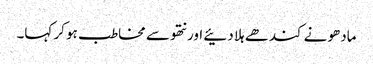
مادھو نے کندھے ہلا دئیے اور نتھو سے مخاطب ہو کر کہا۔